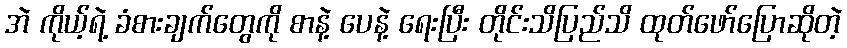
အဲ ကိုယ့်ရဲ့ ခံစားချက်တွေကို စာနဲ့ ပေနဲ့ ရေးပြီး တိုင်းသိပြည်သိ ထုတ်ဖော်ပြောဆိုတဲ့